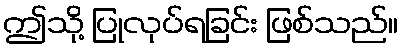
ဤသို့ ပြုလုပ်ရခြင်း ဖြစ်သည်။